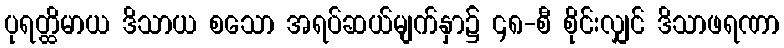
ပုရတ္ထိမာယ ဒိသာယ စသော အရပ်ဆယ်မျက်နှာ၌ ၄၈-စီ စိုင်းလျှင် ဒိသာဖရဏာ